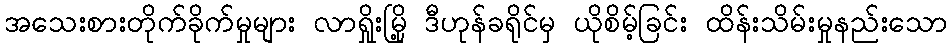
အသေးစားတိုက်ခိုက်မှုများ လာရှိုးမြို့ ဒီဟုန်ခရိုင်မှ ယိုစိမ့်ခြင်း ထိန်းသိမ်းမှုနည်းသော